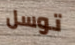
توسل